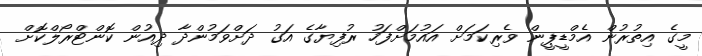
މީގެ އިތުރުން އެމްޑީޕީން ވެރިކަމަށް އައުމަށްފަހު ރުފިޔާގެ އަގު ދަށްވަމުންދާ ދިއުން ކޮންޓްރޯލްކޮށް